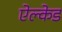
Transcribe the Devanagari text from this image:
ऐल्केड